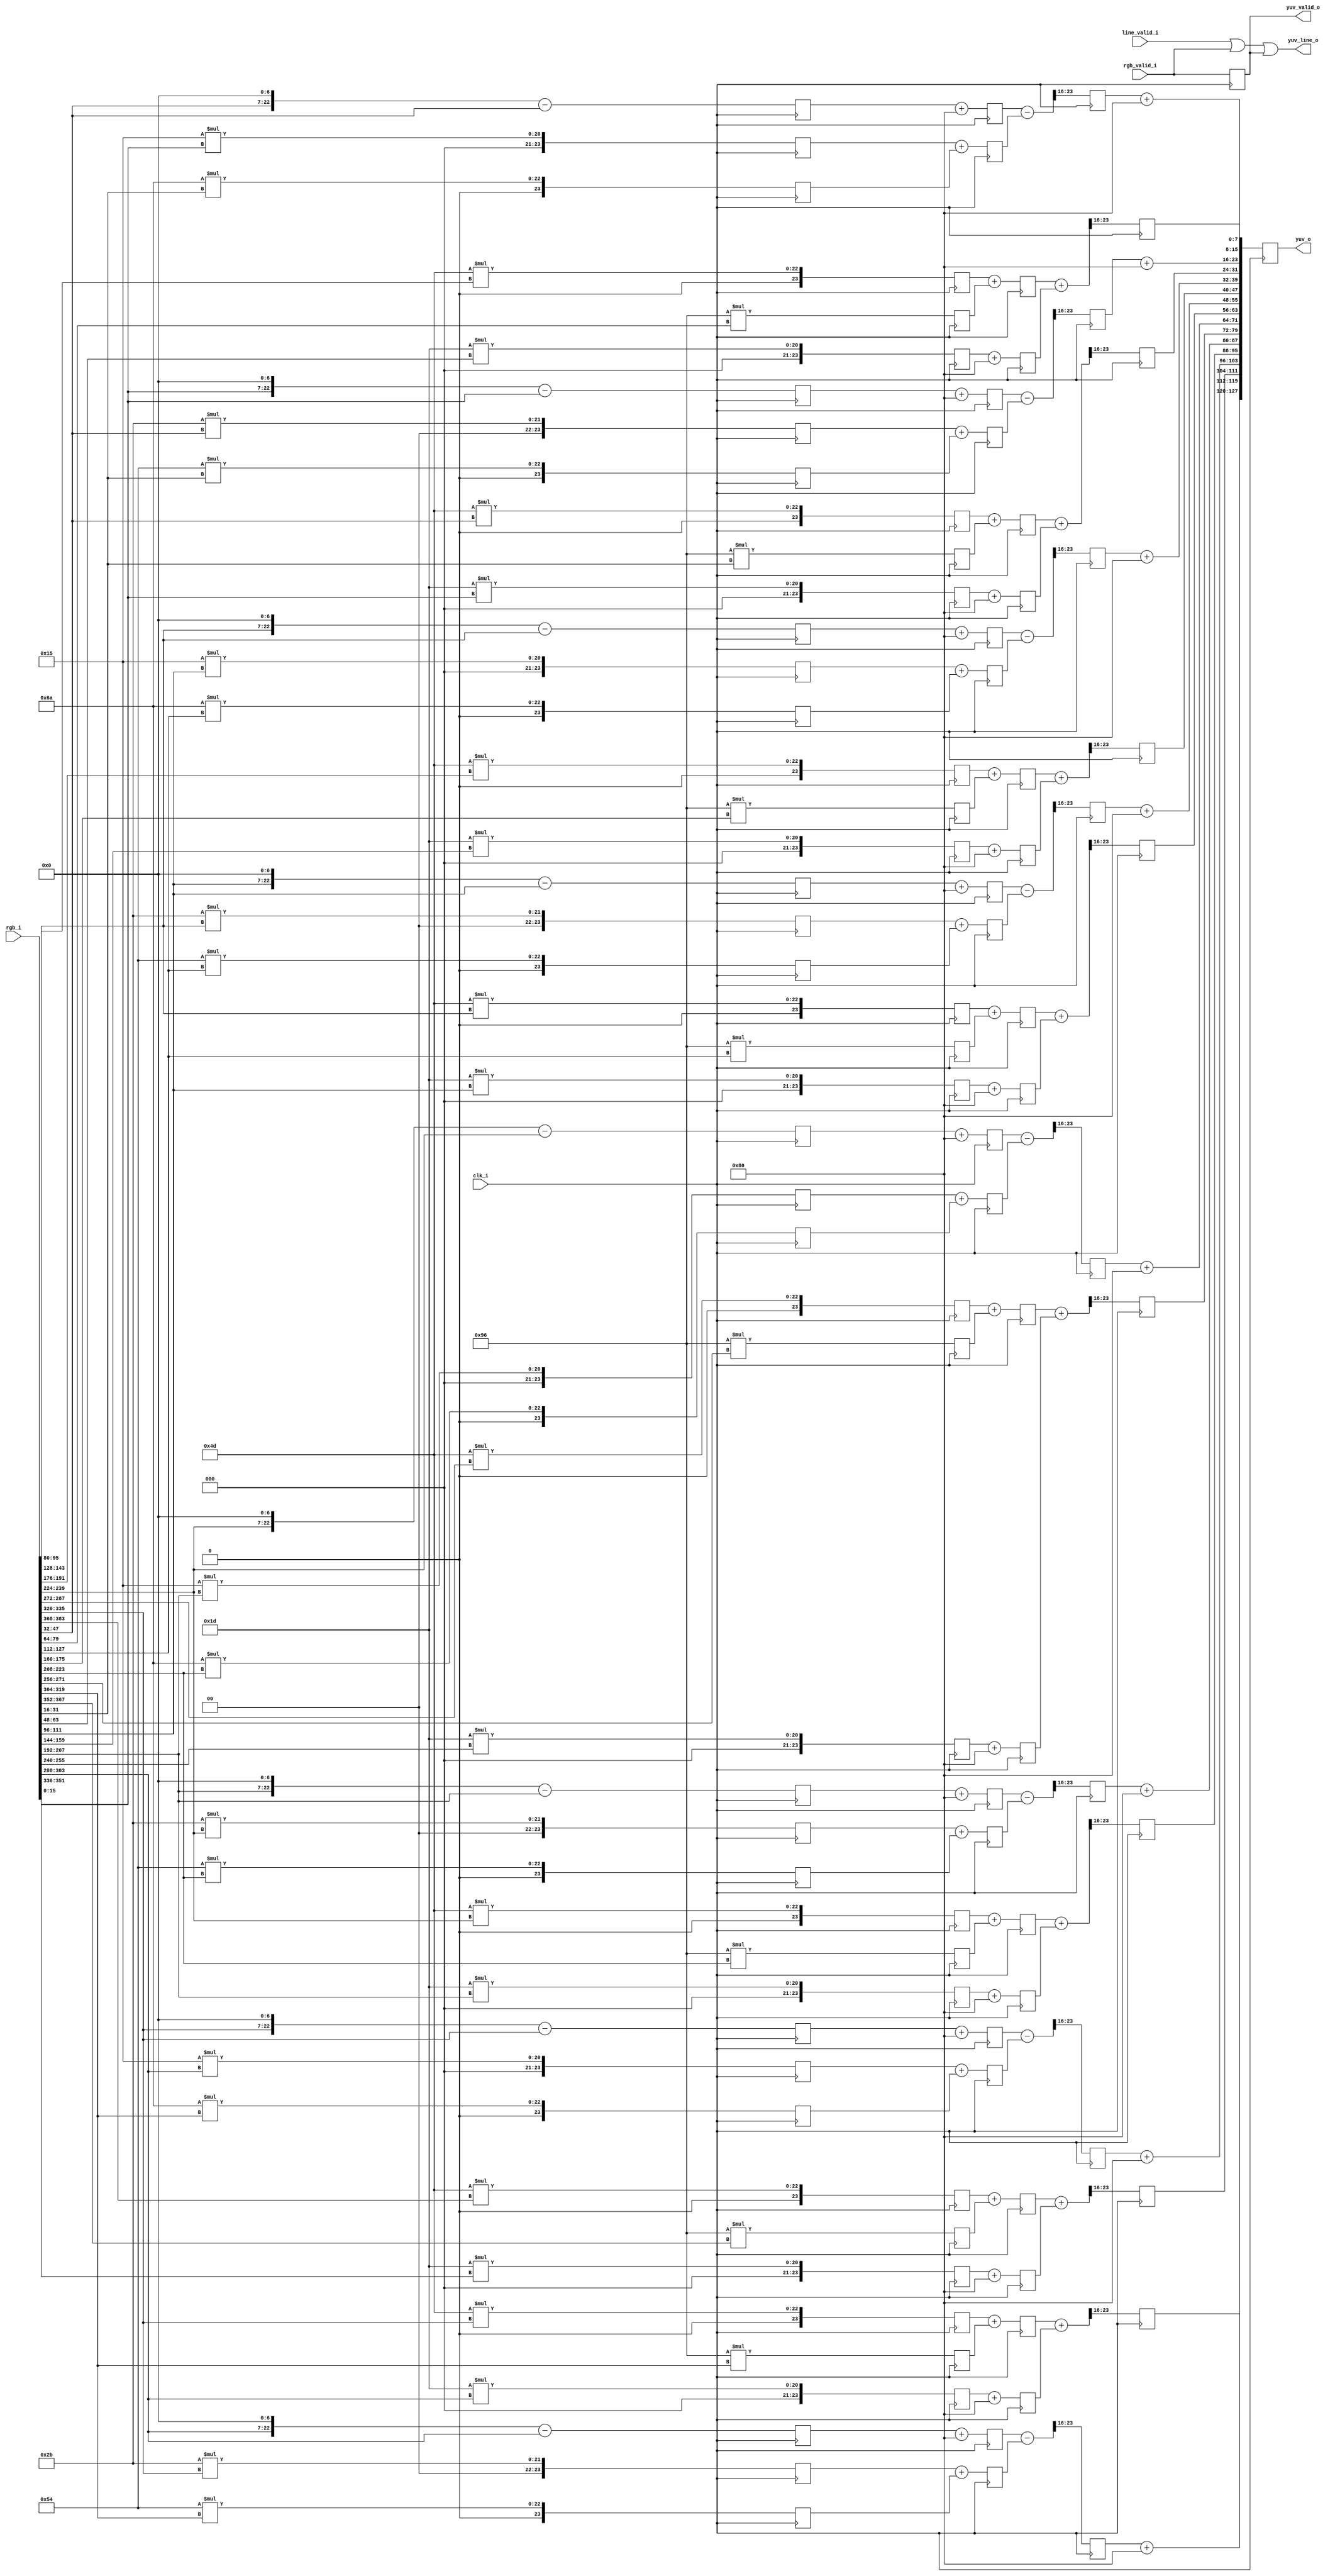
`timescale 1ns/1ns


module rgb_to_yuv #(parameter PIXEL_WIDTH=16 , parameter PIXEL_PER_CLK=8 )(clk_i, //data changes on rising edge , latched in on falling edge
																		  rgb_i,
																		  rgb_valid_i,
																		  line_valid_i,
																		  yuv_o,
																		  yuv_valid_o,
																		  yuv_line_o);
				  
input clk_i;
input [((PIXEL_WIDTH * PIXEL_PER_CLK * 3) - 1'd1):0]rgb_i;
input rgb_valid_i;
input line_valid_i;

output reg [((PIXEL_PER_CLK * 2 * 8) - 1'd1):0]yuv_o;
output reg yuv_valid_o;
output yuv_line_o;

integer i;
reg rgb_valid_stage1;
reg rgb_valid_stage2;

reg [7:0]Y[(PIXEL_PER_CLK - 1 ) :0]; // result 8 pixesl , 8 bit per channel , ultimately 16bit per pixel 
reg [7:0]U[(PIXEL_PER_CLK - 1 ) :0];
reg [7:0]V[(PIXEL_PER_CLK - 1 ) :0];

reg [24:0]Y_R[(PIXEL_PER_CLK - 1 ) :0]; //stores result  of  16bit input * ~8bit Const
reg [24:0]Y_G[(PIXEL_PER_CLK - 1 ) :0];
reg [24:0]Y_B[(PIXEL_PER_CLK - 1 ) :0];

reg [24:0]U_R[(PIXEL_PER_CLK - 1 ) :0];  //calculated only for alternate pixel so 4 pixel per chunk for 16bit pipeline  while Y is 8 pixel per chunk
reg [24:0]U_G[(PIXEL_PER_CLK - 1 ) :0];
reg [24:0]U_B[(PIXEL_PER_CLK - 1 ) :0];

reg [24:0]V_R[(PIXEL_PER_CLK - 1 ) :0];
reg [24:0]V_G[(PIXEL_PER_CLK - 1 ) :0];
reg [24:0]V_B[(PIXEL_PER_CLK - 1 ) :0];


reg [24:0]Y_ADD[(PIXEL_PER_CLK - 1 ) :0]; //intermediate Y result from pipeline  
reg [24:0]U_ADD[(PIXEL_PER_CLK - 1 ) :0]; //intermediate U result from pipeline  
reg [24:0]V_ADD[(PIXEL_PER_CLK - 1 ) :0]; //intermediate V result from pipeline  

reg [24:0]Y_B_STAGE_ADD[(PIXEL_PER_CLK - 1 ) :0];
reg [24:0]U_B_STAGE_ADD[(PIXEL_PER_CLK - 1 ) :0];
reg [24:0]V_B_STAGE_ADD[(PIXEL_PER_CLK - 1 ) :0];

reg [7:0]Y_ADD_STAGE2[(PIXEL_PER_CLK - 1 ) :0];
reg [7:0]U_ADD_STAGE2[(PIXEL_PER_CLK - 1 ) :0];
reg [7:0]V_ADD_STAGE2[(PIXEL_PER_CLK - 1 ) :0];


assign yuv_line_o = line_valid_i | rgb_valid_i | yuv_valid_o;

//from YUV wiki page full swing
// Y = ((77 R + 150G + 29B + 128) >>10)
// U = ((-43R - 84G + 127B + 128) >>10) + 128
// V = ((127R -106G -21B + 128) >>10) + 128

reg [23:0]not_used24; //to suppress warning from the tool 
always @(negedge  clk_i)
begin
	rgb_valid_stage1 <= rgb_valid_i; 
	rgb_valid_stage2 <= rgb_valid_stage1;
	yuv_valid_o <= rgb_valid_i;
	
	for (i=0;i<PIXEL_PER_CLK; i = i + 1)
	begin

		Y_R[i] <= ( 77 * rgb_i[((i* (PIXEL_WIDTH*3)) + (PIXEL_WIDTH*2)) +: PIXEL_WIDTH]);
		Y_G[i] <= (150 * rgb_i[((i* (PIXEL_WIDTH*3)) + (PIXEL_WIDTH  )) +: PIXEL_WIDTH]);
		Y_B[i] <= ( 29 * rgb_i[ (i* (PIXEL_WIDTH*3)) 					+: PIXEL_WIDTH]); 

		Y_ADD[i] <= Y_R[i] + Y_G[i];
		Y_B_STAGE_ADD[i] <= Y_B[i] + 24'd128;
		
		Y_ADD_STAGE2[i] <=  (Y_ADD[i] + Y_B_STAGE_ADD[i]) >> PIXEL_WIDTH ;
		Y[i] = Y_ADD_STAGE2[i];

	end
	
	for (i=0;i<PIXEL_PER_CLK; i = i + 2)	//only alternate U and V needed
	begin

		U_R[i] <= (43 *  rgb_i[((i* (PIXEL_WIDTH*3)) + (PIXEL_WIDTH*2)) +: PIXEL_WIDTH]);
		U_G[i] <= (84  * rgb_i[((i* (PIXEL_WIDTH*3)) + (PIXEL_WIDTH  )) +: PIXEL_WIDTH]);
		U_B[i] <= {		 rgb_i[( i* (PIXEL_WIDTH*3))  					+: PIXEL_WIDTH], 7'b0} - rgb_i[(i*(PIXEL_WIDTH*3)) 					   +: PIXEL_WIDTH]; // B*127 is converted to  val << 7 - val to save dsp * operation

		V_R[i] <= {		 rgb_i[((i* (PIXEL_WIDTH*3)) + (PIXEL_WIDTH*2)) +: PIXEL_WIDTH], 7'b0} - rgb_i[((i* (PIXEL_WIDTH*3)) + (PIXEL_WIDTH*2)) +: PIXEL_WIDTH];
		V_G[i] <= (106 * rgb_i[((i* (PIXEL_WIDTH*3)) + (PIXEL_WIDTH  )) +: PIXEL_WIDTH]);
		V_B[i] <= ( 21 * rgb_i[ (i* (PIXEL_WIDTH*3)) 					+: PIXEL_WIDTH]);

		U_ADD[i] <= U_R[i] + U_G[i];
		V_ADD[i] <= V_B[i] + V_G[i];

		U_B_STAGE_ADD[i] <= U_B[i] + 24'd128;
		V_B_STAGE_ADD[i] <= V_R[i] + 24'd128;

		U_ADD_STAGE2[i] <=  (U_B_STAGE_ADD[i] - U_ADD[i]) >> PIXEL_WIDTH;
		U[i] = U_ADD_STAGE2[i]  + 8'd128;

		V_ADD_STAGE2[i] <=  (V_B_STAGE_ADD[i] - V_ADD[i]) >> PIXEL_WIDTH;
		V[i] = V_ADD_STAGE2[i] + 8'd128;

	end

	for (i=0;i<PIXEL_PER_CLK; i = i + 2)	//only alternate U and V needed
	begin
		yuv_o[( (i*2)    * 8) +: 8] = V[i];
		yuv_o[(((i*2)+1) * 8) +: 8] = Y[i+1];
		yuv_o[(((i*2)+2) * 8) +: 8] = U[i];
		yuv_o[(((i*2)+3) * 8) +: 8] = Y[i];
	end
	//GPIF configed as big endian so expects first bytes at MSbyte
end

endmodule